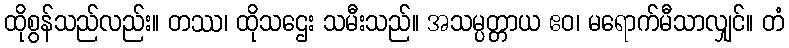
ထိုစွန်သည်လည်း။ တဿ၊ ထိုသဌေး သမီးသည်။ အသမ္ပတ္တာယ ဧဝ၊ မရောက်မီသာလျှင်။ တံ